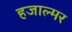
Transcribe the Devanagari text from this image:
हजाल्मर